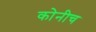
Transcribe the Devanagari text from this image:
कोनीच